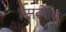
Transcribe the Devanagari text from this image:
व्सत्संग